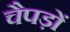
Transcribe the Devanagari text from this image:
चैपड़ों